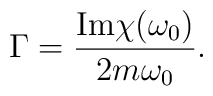
\Gamma = \frac{{\rm Im}\chi(\omega_0)}{2 m \omega_0}.